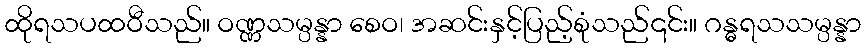
ထိုရသပထဝီသည်။ ဝဏ္ဏသမ္ပန္နာ စေဝ၊ အဆင်းနှင့်ပြည့်စုံသည်၎င်း။ ဂန္ဓရသသမ္ပန္နာ